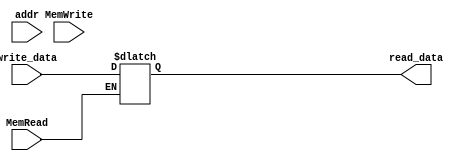
`timescale 1ns / 1ps
//////////////////////////////////////////////////////////////////////////////////
// Company: 
// Engineer: 
// 
// Design Name: 
// Module Name: DataMem
// Project Name: 
// Target Devices: 
// Tool Versions: 
// Description: 
// 
// Dependencies: 
// 
// Revision:
// Revision 0.01 - File Created
// Additional Comments:
// 
//////////////////////////////////////////////////////////////////////////////////


module DataMem ( MemRead , MemWrite , addr , write_data , read_data );

    input [8:0]addr;
    input MemRead;
    input MemWrite;
    input [31:0]write_data;
    output reg [31:0]read_data;
    
    wire read_addr = addr[8:2];
    wire write_addr = addr[8:2];
    reg [31:0]DataMem[127:0]; //Define a 128X32 DataMemory
    
    integer i; //Initial the data in DataMemory
            initial
            begin
                for (i = 0; i < 128; i = i + 1)
                begin
                    DataMem[i] = i;
                end
            end

    always @(*)
    begin
        if (MemWrite == 1)
        begin
            DataMem[write_addr] = write_data; //write the data into DataMemory
        end
        if (MemRead == 1)
            read_data = DataMem[read_addr]; //read the data from DataMemory
        begin
        end
    end

endmodule